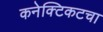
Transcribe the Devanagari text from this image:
कनेक्टिकटचा